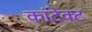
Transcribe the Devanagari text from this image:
कांटेक्‍ट